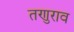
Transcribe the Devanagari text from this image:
तणुराव